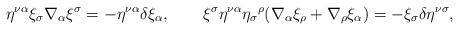
LaTeX: \begin{align*}\eta^{\nu\alpha} \xi_{\sigma} \nabla_{\alpha} \xi^{\sigma} =- \eta^{\nu\alpha} \delta \xi_{\alpha}, \qquad \xi^{\sigma}\eta^{\nu\alpha} \eta_{\sigma} {^{\rho}} (\nabla_{\alpha}\xi_{\rho} + \nabla_{\rho} \xi_{\alpha}) = - \xi_{\sigma} \delta\eta^{\nu\sigma},\end{align*}